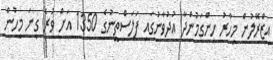
އިޒްރޭލުން މިހާރު ހިންގަމުންދާ އުދުވާނުގައި ފަލަސްތީނުގެ 1350 އަށް ވުރެ ގިނަ މީހުން